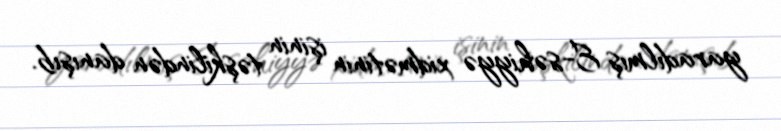
yaradılmış E-səhiyyə xidmətinin işinin təşkilindən danışıb.